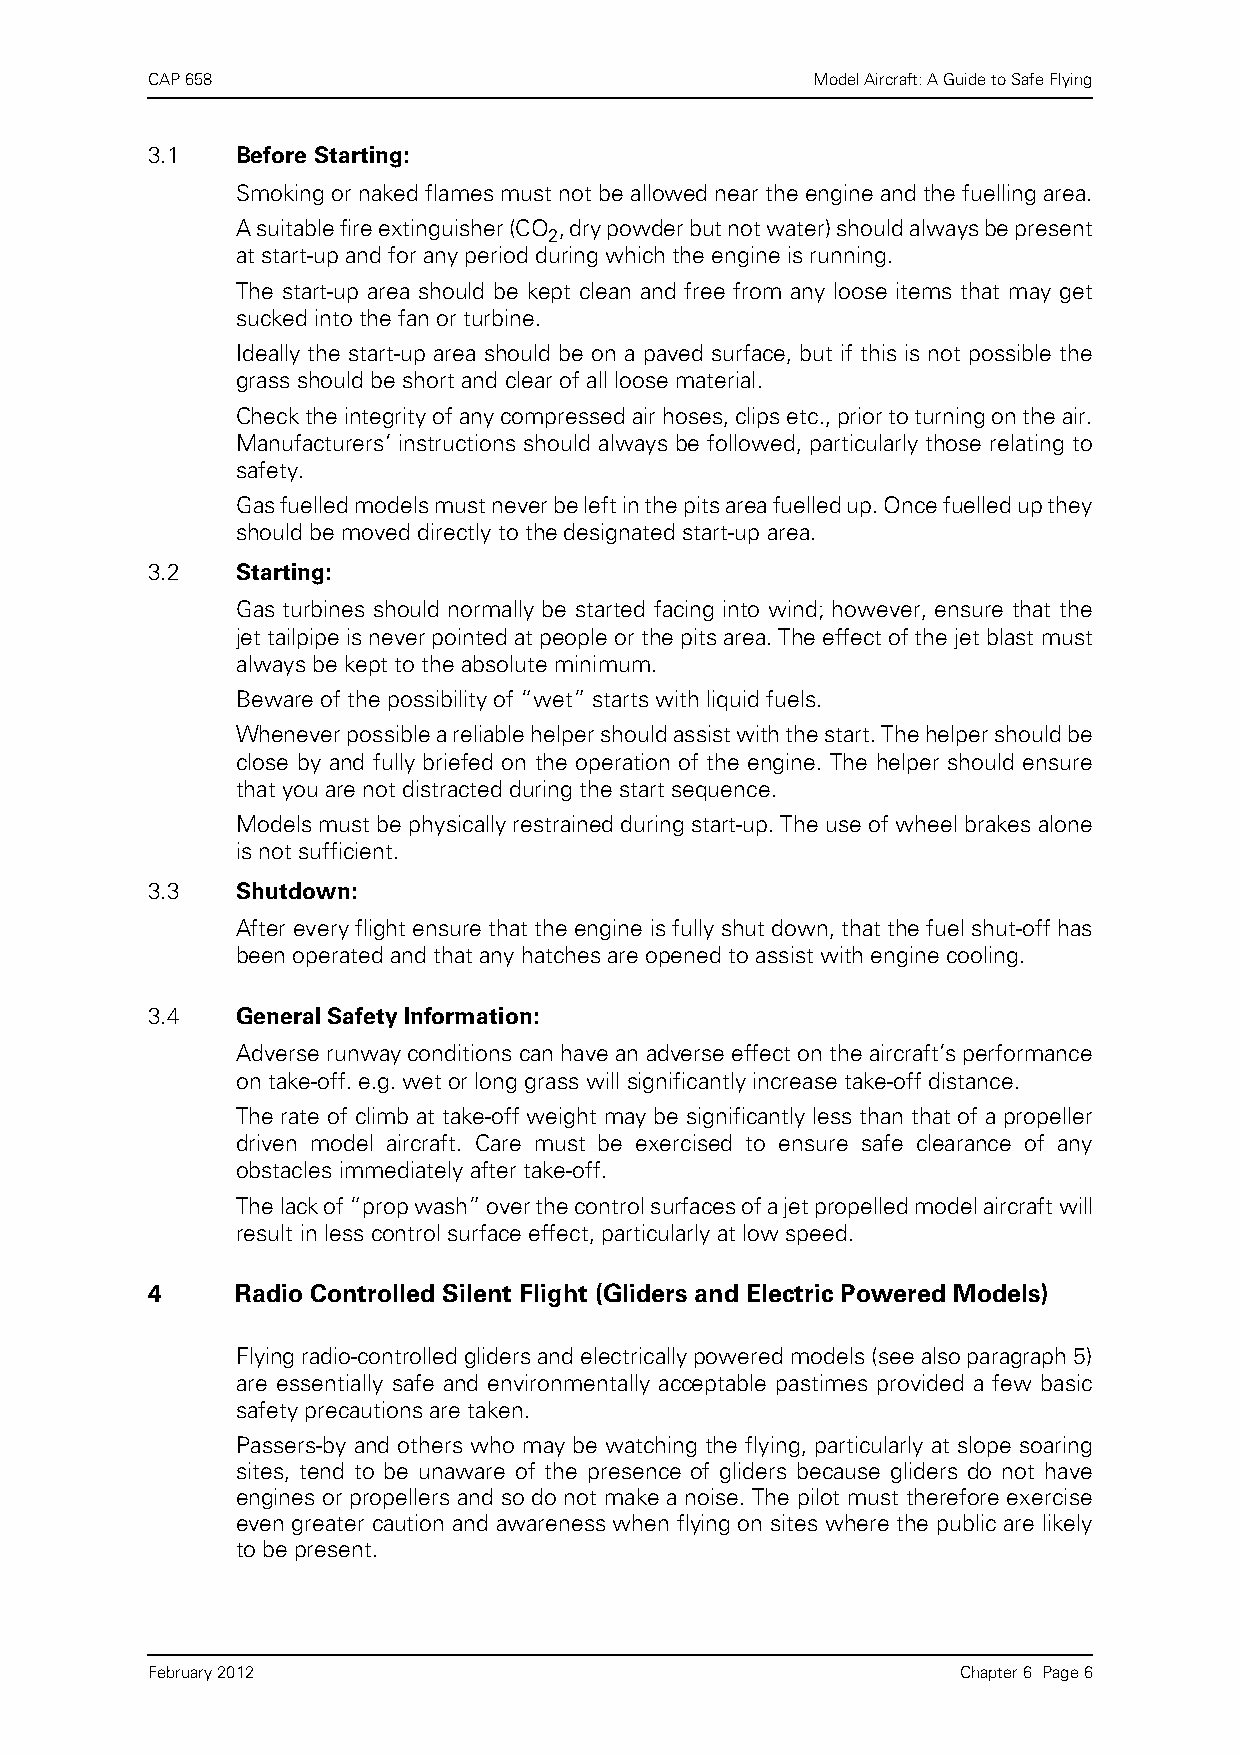
CAP 658                                     Model Aircraft: A Guide to Safe Flying
 3.1   Before Starting:
 Smoking or naked flames must not be allowed near the engine and the fuelling area.
 A suitable fire extinguisher (CO , dry powder but not water) should always be present
 2
 at start-up and for any period during which the engine is running.
 The start-up area should be kept clean and free from any loose items that may get
 sucked into the fan or turbine.
 Ideally the start-up area should be on a paved surface, but if this is not possible the
 grass should be short and clear of all loose material.
 Check the integrity of any compressed air hoses, clips etc., prior to turning on the air.
 Manufacturers’ instructions should always be followed, particularly those relating to
 safety.
 Gas fuelled models must never be left in the pits area fuelled up. Once fuelled up they
 should be moved directly to the designated start-up area.
 3.2   Starting:
 Gas turbines should normally be started facing into wind; however, ensure that the
 jet tailpipe is never pointed at people or the pits area. The effect of the jet blast must
 always be kept to the absolute minimum.
 Beware of the possibility of “wet” starts with liquid fuels.
 Whenever possible a reliable helper should assist with the start. The helper should be
 close by and fully briefed on the operation of the engine. The helper should ensure
 that you are not distracted during the start sequence.
 Models must be physically restrained during start-up. The use of wheel brakes alone
 is not sufficient.
 3.3   Shutdown:
 After every flight ensure that the engine is fully shut down, that the fuel shut-off has
 been operated and that any hatches are opened to assist with engine cooling.
 3.4   General Safety Information:
 Adverse runway conditions can have an adverse effect on the aircraft’s performance
 on take-off. e.g. wet or long grass will significantly increase take-off distance.
 The rate of climb at take-off weight may be significantly less than that of a propeller
 driven model aircraft. Care must be exercised to ensure safe clearance of any
 obstacles immediately after take-off.
 The lack of “prop wash” over the control surfaces of a jet propelled model aircraft will
 result in less control surface effect, particularly at low speed.
 4     Radio Controlled Silent Flight (Gliders and Electric Powered Models)
 Flying radio-controlled gliders and electrically powered models (see also paragraph 5)
 are essentially safe and environmentally acceptable pastimes provided a few basic
 safety precautions are taken.
 Passers-by and others who may be watching the flying, particularly at slope soaring
 sites, tend to be unaware of the presence of gliders because gliders do not have
 engines or propellers and so do not make a noise. The pilot must therefore exercise
 even greater caution and awareness when flying on sites where the public are likely
 to be present.
 February 2012                                         Chapter 6 Page 6